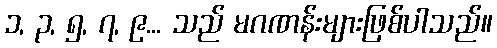
၁, ၃, ၅, ၇, ၉... သည် မဂဏန်းများဖြစ်ပါသည်။